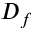
D _ { f }